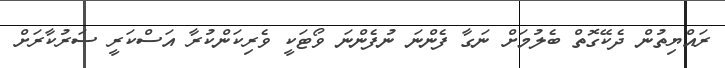
ރައްޔިތުން ދެކޭގޮތް ބެލުމަށް ނަގާ ފެންނަ ނުފެންނަ ވޯޓަކީ ވެރިކަންކުރާ އަސްކަރީ ސަރުކާރަށް